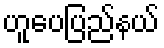
ဟူပေပြည်နယ်